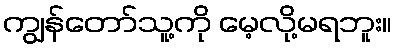
ကျွန်တော်သူ့ကို မေ့လို့မရဘူး။